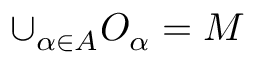
\cup _ { \alpha \in A } O _ { \alpha } = M